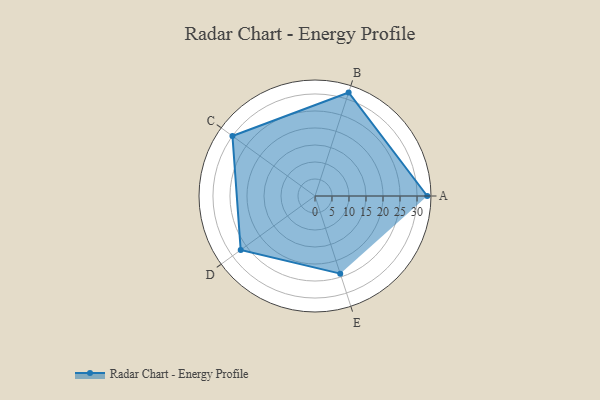
{"axis": {"x": "Skill", "y": "Score"}, "legend": ["Profile"], "data": [{"x": "A", "y": 33.0, "type": "Profile"}, {"x": "B", "y": 32.0, "type": "Profile"}, {"x": "C", "y": 30.0, "type": "Profile"}, {"x": "D", "y": 27.0, "type": "Profile"}, {"x": "E", "y": 24.0, "type": "Profile"}]}